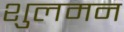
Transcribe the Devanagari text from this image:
शुलमन